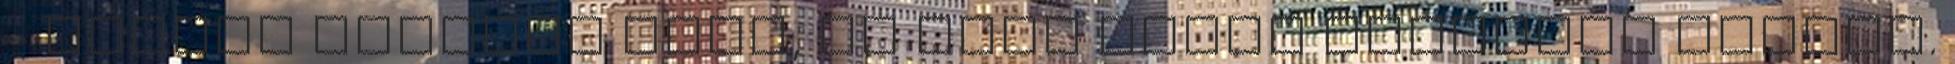
- mondta Tasnádi Edit, az ELTE török szakának tanára.